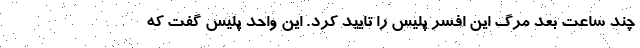
چند ساعت بعد مرگ این افسر پلیس را تایید کرد. این واحد پلیس گفت که